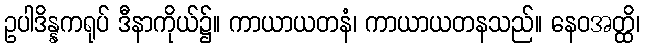
ဥပါဒိန္နကရုပ် ဒီနာကိုယ်၌။ ကာယာယတနံ၊ ကာယာယတနသည်။ နေဝအတ္ထိ၊